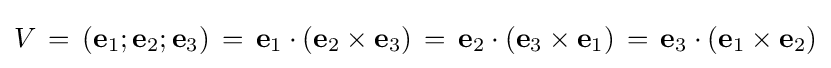
V\,=\,\left(\mathbf {e} _{1};\mathbf {e} _{2};\mathbf {e} _{3}\right)\,=\,\mathbf {e} _{1}\cdot (\mathbf {e} _{2}\times \mathbf {e} _{3})\,=\,\mathbf {e} _{2}\cdot (\mathbf {e} _{3}\times \mathbf {e} _{1})\,=\,\mathbf {e} _{3}\cdot (\mathbf {e} _{1}\times \mathbf {e} _{2})